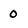
Character: o